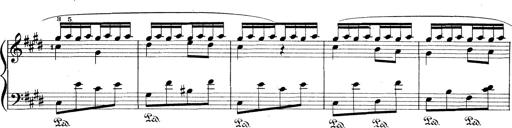
Title: Le rossignol
Composer: Franz Liszt